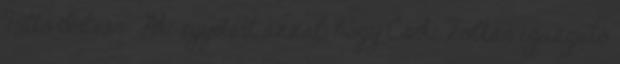
Tüttő István: Aki egyetért azzal, hogy Cseke Zoltán igazgató